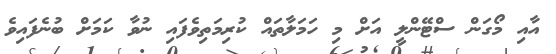
އާއި މޯގަން ސްޓޭންލީ އަށް މި ހަމަލާތައް ކުރިމަތިވެފައި ނުވާ ކަމަށް ބުނެފައިވެ